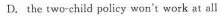
D. the tworchild policy won't work at all